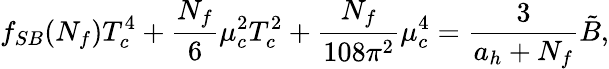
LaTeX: f_{SB}(N_{f})T_{c}^{4}+{\frac{N_{f}}{6}}\mu_{c}^{2}T_{c}^{2}+{\frac{N_{f}}{108\pi^{2}}}\mu_{c}^{4}={\frac{3}{a_{h}+N_{f}}}\tilde{B},